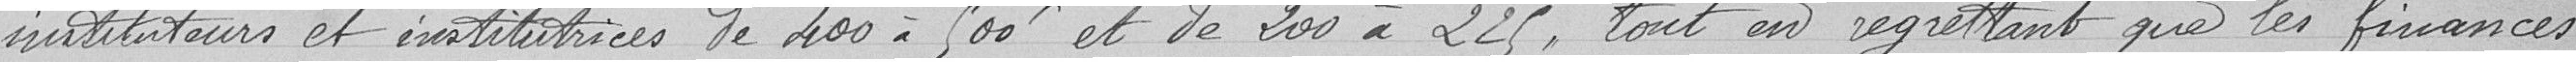
instituteurs et institutrices de 400 à 500 et de 200 à 225, tout en regrettant que les finances